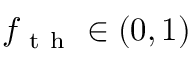
f _ { \mathrm { ~ t ~ h ~ } } \in ( 0 , 1 )